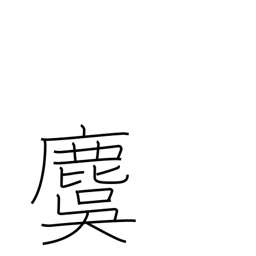
Meaning: stag